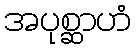
အပုစ္ဆာဟံ